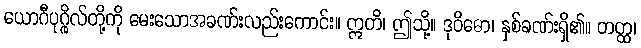
ယောဂီပုဂ္ဂိုလ်တို့ကို မေးသောအခဏ်းလည်းကောင်း။ ဣတိ၊ ဤသို့။ ဒုဝိဓော၊ နှစ်ခဏ်းရှိ၏။ တတ္ထ၊